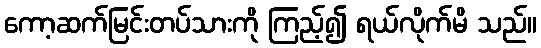
ကော့ဆက်မြင်းတပ်သားကို ကြည့်၍ ရယ်လိုက်မိ သည်။